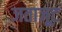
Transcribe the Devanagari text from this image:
जताजूट